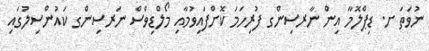
ނުވަތަ ށ. ޑިޕްލޮމާ އިން ނާރސިންގ ފުރިހަމަ ކޮށްފައިވުމާއި މޯލްޑިވްސް ނަރސިންގ ކައުންސިލުގައި